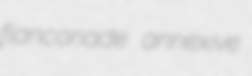
flanconade annexive